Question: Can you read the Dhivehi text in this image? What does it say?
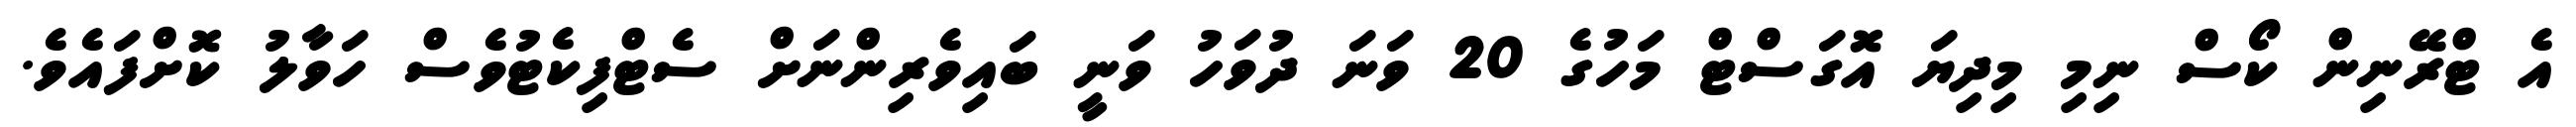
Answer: އެ ޓްރޭނިން ކޯސް ނިމި މިދިޔަ އޮގަސްޓް މަހުގެ 20 ވަނަ ދުވަހު ވަނީ ބައިވެރިންނަށް ސެޓްފިކެޓުވެސް ހަވާލު ކޮށްފައެވެ.